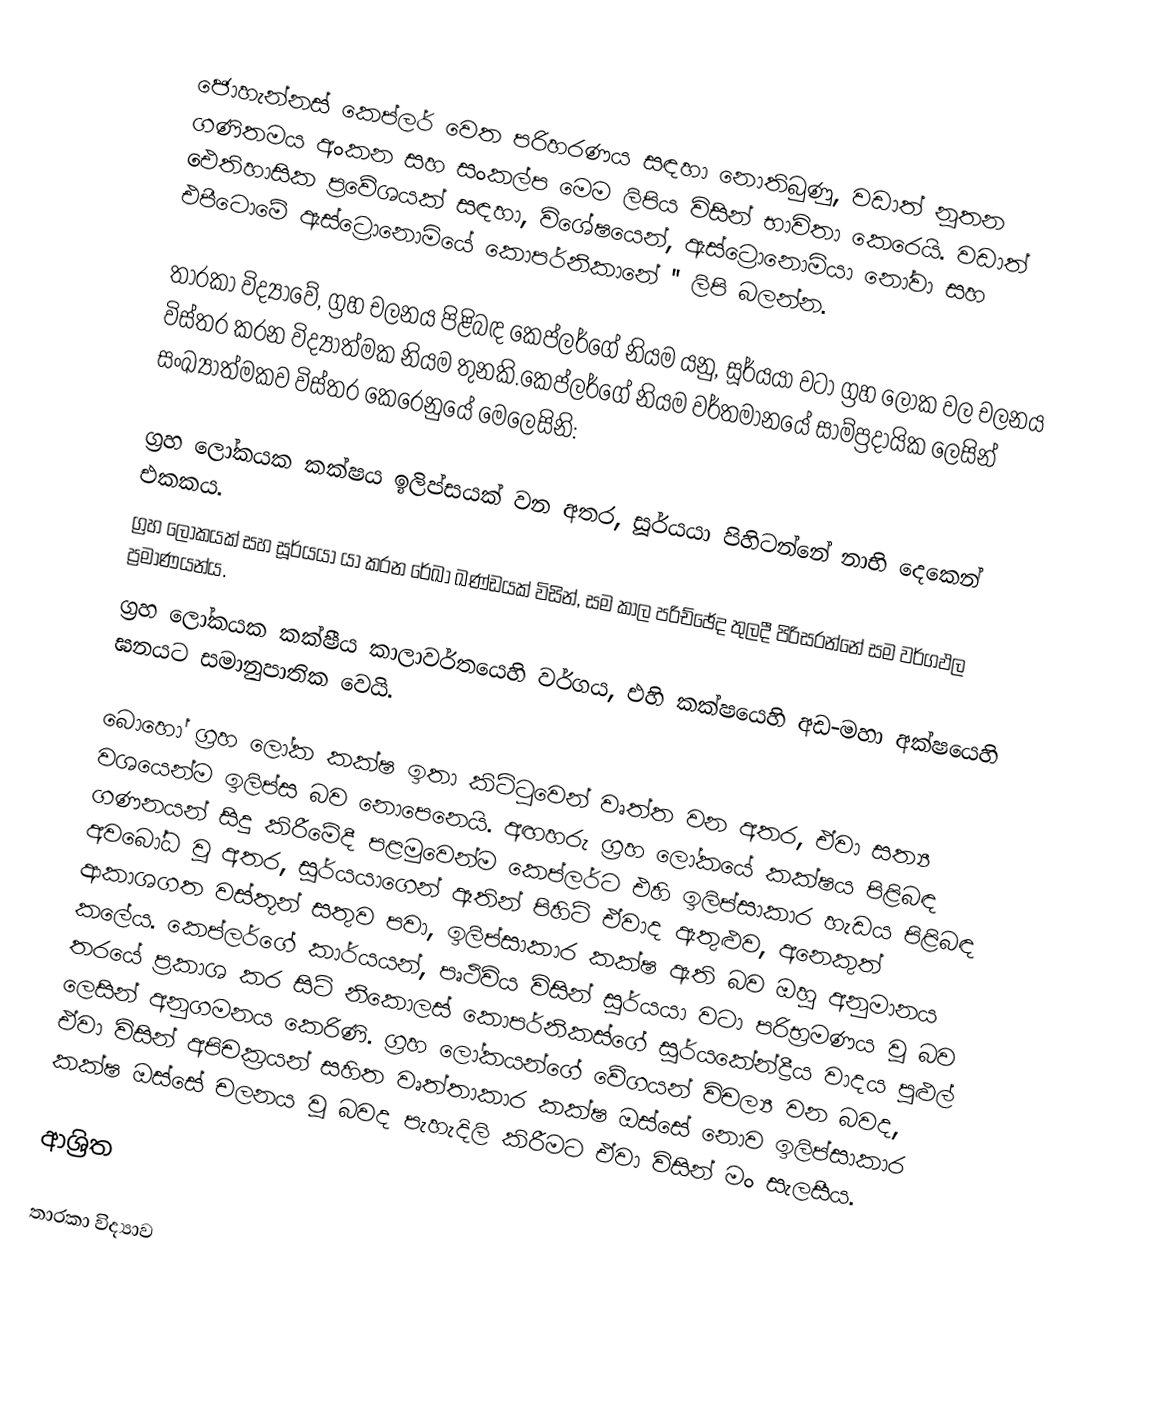
ජොහැන්නස් කෙප්ලර් වෙත පරිහරණය සඳහා නොතිබුණු, වඩාත් නූතන ගණිතමය අංකන සහ සංකල්ප මෙම ලිපිය විසින් භාවිතා කෙරෙයි. වඩාත් ඓතිහාසික ප්‍රවේශයක් සඳහා, විශේෂයෙන්,  ඇස්ට්‍රොනොමියා නෝවා සහ එපීටොමේ ඇස්ට්‍රොනොමියේ කොපර්නිකානේ '' ලිපි බලන්න.

තාරකා විද්‍යාවේ,  ග්‍රහ චලනය පිළිබඳ කෙප්ලර්ගේ නියම යනු, සූර්යයා වටා ග්‍රහ ලෝක වල චලනය විස්තර කරන විද්‍යාත්මක නියම තුනකි.කෙප්ලර්ගේ නියම වර්තමානයේ සාම්ප්‍රදායික ලෙසින් සංඛ්‍යාත්මකව විස්තර කෙරෙනුයේ මෙලෙසිනි:

ග්‍රහ ලෝකයක කක්ෂය ඉලිප්සයක් වන අතර, සූර්යයා පිහිටන්නේ නාභි දෙකෙන් එකකය.
ග්‍රහ ලෝකයක් සහ සූර්යයා යා කරන රේඛා ඛණ්ඩයක් විසින්, සම කාල පරිච්ඡේද තුලදී  පිරිසරන්නේ සම වර්ගඵල ප්‍රමාණයන්ය.
ග්‍රහ ලෝකයක කක්ෂීය කාලාවර්තයෙහි වර්ගය,  එහි කක්ෂයෙහි අඩ-මහා අක්ෂයෙහි ඝනයට සමානුපාතික වෙයි.

බොහෝ ග්‍රහ ලෝක කක්ෂ ඉතා කිට්ටුවෙන් වෘත්ත වන අතර, ඒවා සත්‍ය වශයෙන්ම ඉලිප්ස බව නොපෙනෙයි. අඟහරු ග්‍රහ ලෝකයේ කක්ෂය පිළිබඳ ගණනයන් සිදු කිරීමේදී පළමුවෙන්ම කෙප්ලර්ට එහි ඉලිප්සාකාර හැඩය පිළිබඳ අවබෝධ වූ අතර, සූර්යයාගෙන් ඈතින් පිහිටි ඒවාද ඇතුළුව, අනෙකුත් ආකාශගත වස්තූන් සතුව පවා, ඉලිප්සාකාර කක්ෂ ඇති බව ඔහු අනුමානය කලේය. කෙප්ලර්ගේ කාර්යයන්, පෘථිවිය විසින් සූර්යයා වටා පරිභ්‍රමණය වූ බව  තරයේ ප්‍රකාශ කර සිටි  නිකොලස් කොපර්නිකස්ගේ  සූර්යකේන්ද්‍රීය වාදය පුළුල් ලෙසින් අනුගමනය කෙරිණි. ග්‍රහ ලෝකයන්ගේ වේගයන් විචල්‍ය වන බවද, ඒවා විසින් අපිචක්‍රයන් සහිත වෘත්තාකාර කක්ෂ ඔස්සේ නොව ඉලිප්සාකාර කක්ෂ ඔස්සේ චලනය වූ බවද පැහැදිලි කිරීමට ඒවා විසින් මං සැලසීය.

ආශ්‍රිත

තාරකා විද්‍යාව